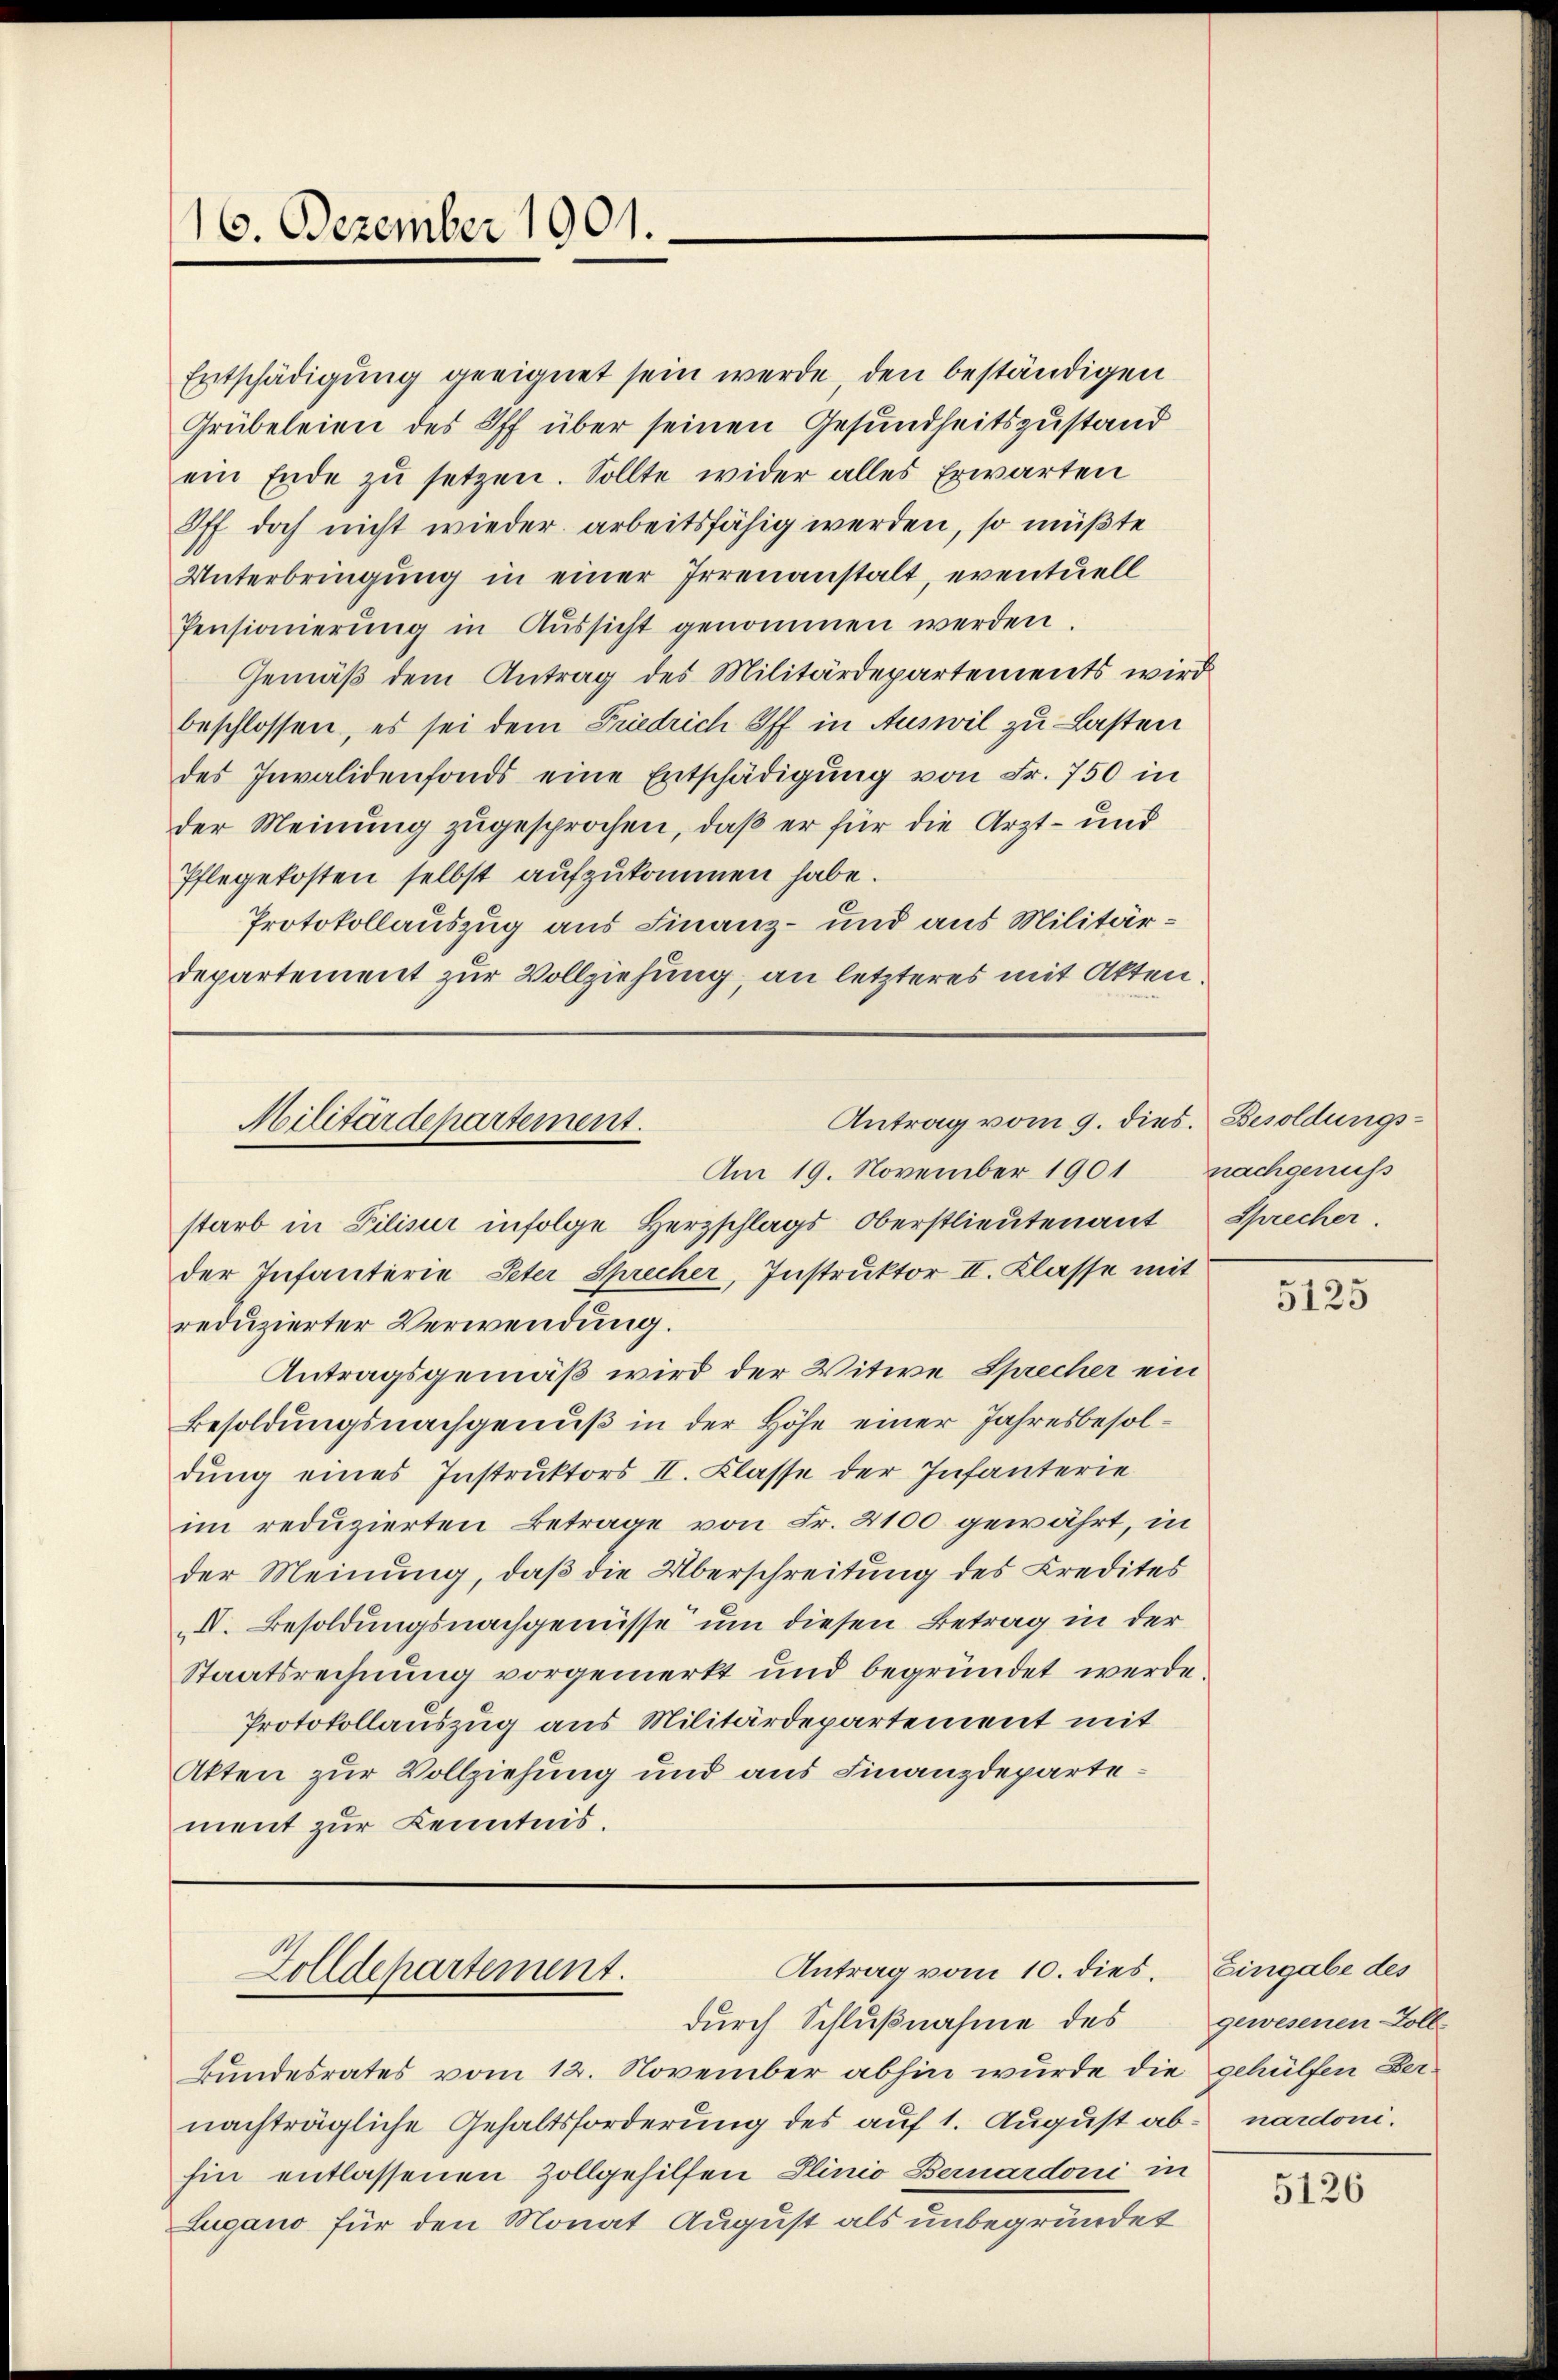
16. Dezember 1901.

Entschädigung geeignet sein werde, den beständigen
Grübeleien des Off über seinen Gesundheitszustand
ein Ende zu setzen. Sollte wider alles Erwarten
Iff doch nicht wieder arbeitsfähig werden, so müßte
Unterbringung in einer Irrenanstalt, eventuell
Pensionierŭng in Aŭssicht genommen werden.
Gemäß dem Antrag des Militärdepartements wird
beschlossen, es sei dem Friedrich Off in Auswil zu Lasten
des Invalidenfonds eine Entschädigung von Fr. 750 in
der Meinung zugesprochen, daß er für die Arzt- und
Pflegekosten selbst aufzukommen habe.
Protokollauszug aus Finanz- und aus Militärdepartement zur Vollziehung, an letzteres mit Akten.

Antrag vom 9. dies. Besoldungs-
Militärdepartement.
Am 19. November 1901 nachgenuss

Antrag vom 10. dies. Eingabe des
Zolldepartement.

Sprecher.

starb in Pilisur infolge Herzschlags-Oberstlieutenant
der Infanterie, Peter Sprecher, Instruktor II. Klasse mit
reduzierter Verwendung.
Antragsgemäß wird der Witwe Sprecher ein
Besoldungsnachgenuß in der Höhe einer Jahresbesoldung eines Instruktors II. Klasse der Infanterie
im reduzierten Betrage von Fr. 2100 gewährt, in
der Meinung, daß die Überschreitung des Credites
II. Besoldungsnachgenüsse um diesen Betrag in der
Staatsrechnung vorgemerkt und begründet werde.
Protokollauszug aus Militärdepartement mit
Akten zur Vollziehung und aus Finanzdepartement zur Kenntnis.

durch Schlußnahme des
Bundesrates vom 12. November abhin würde die gehülfen Ber-
nachträgliche Gehaltsforderung des auf 1. August ab- nardonihin entlassenen Zollgehilfen Plinio Bernardoni in
Lugano für den Monat August als unbegründet

5125

gewesenen Zoll-

5126